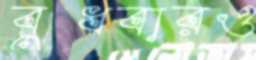
বুধবারও